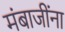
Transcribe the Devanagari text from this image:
मंबाजींना